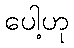
ပေါ့ဟု